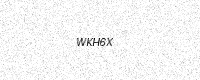
Text: WKH6X